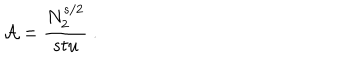
LaTeX: { \cal A } = \frac { N _ { 2 } ^ { s / 2 } } { s t u } \ .